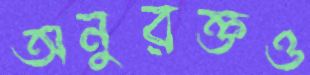
অনুরক্তও